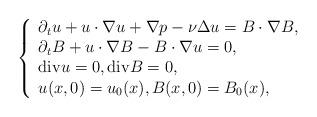
LaTeX: \begin{align*} \left\{\begin{array}{l}\partial_t u + u\cdot\nabla u + \nabla p-\nu\Delta u = B\cdot\nabla B, \\\partial_t B + u\cdot\nabla B -B\cdot\nabla u=0,\\{\rm div} u=0,{\rm div}B=0, \\u(x,0) =u_0(x), B(x,0) =B_0(x),\end{array}\right.\end{align*}